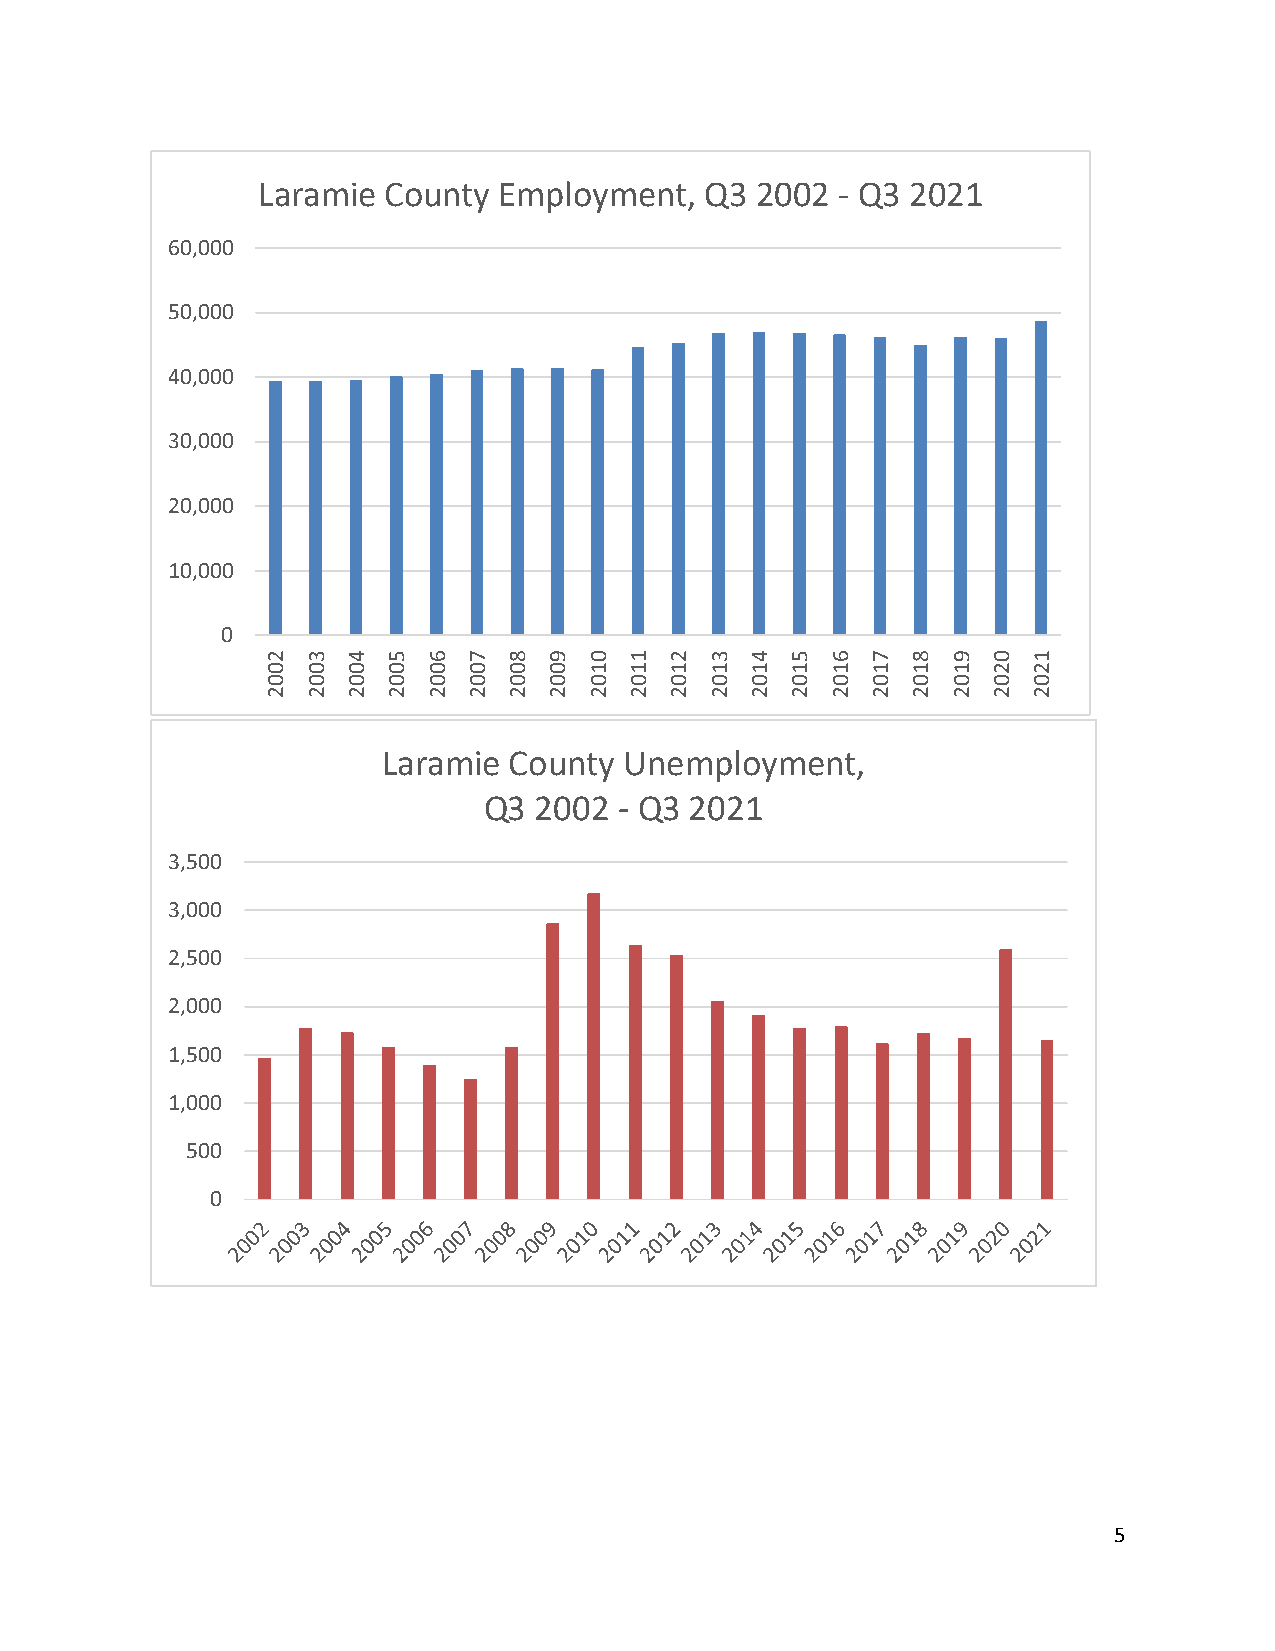
Laramie County  Employment,   Q3 2002  - Q3 2021
 60,000
 50,000
 40,000
 30,000
 20,000
 10,000
 0
 2 3  4  5 6  7  8 9  0  1 2  3  4 5  6  7 8  9  0 1
 0 0  0  0 0  0  0 0  1  1 1  1  1 1  1  1 1  1  2 2
 0 0  0  0 0  0  0 0  0  0 0  0  0 0  0  0 0  0  0 0
 2 2  2  2 2  2  2 2  2  2 2  2  2 2  2  2 2  2  2 2
 Laramie  County Unemployment,
 Q3 2002  - Q3 2021
 3,500
 3,000
 2,500
 2,000
 1,500
 1,000
 500
 0
 5